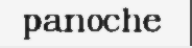
panoche